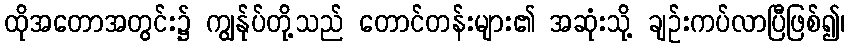
ထိုအတောအတွင်း၌ ကျွန်ုပ်တို့သည် တောင်တန်းများ၏ အဆုံးသို့ ချဉ်းကပ်လာပြီဖြစ်၍၊